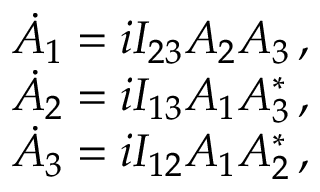
\begin{array} { r } { \dot { A } _ { 1 } = i I _ { 2 3 } A _ { 2 } A _ { 3 } \mathrm { \, , } } \\ { \dot { A } _ { 2 } = i I _ { 1 3 } A _ { 1 } A _ { 3 } ^ { * } \mathrm { \, , } } \\ { \dot { A } _ { 3 } = i I _ { 1 2 } A _ { 1 } A _ { 2 } ^ { * } \mathrm { \, , } } \end{array}